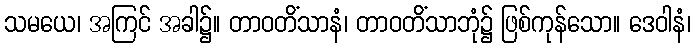
သမယေ၊ အကြင် အခါ၌။ တာဝတိံသာနံ၊ တာဝတိံသာဘုံ၌ ဖြစ်ကုန်သော။ ဒေဝါနံ၊